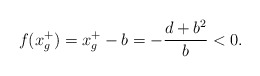
\begin{align*}f(x_g^+)=x_g^+-b=-{d+b^2\over b}<0.\end{align*}